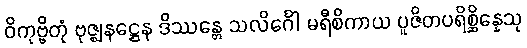
ဝိကုဗ္ဗိတုံ ဗုဇ္ဈနဋ္ဌေန ဒိဿန္တေ သလိင်္ဂေါ မရီစိကာယ ပူဇိတပရိစ္ဆိန္နေသု